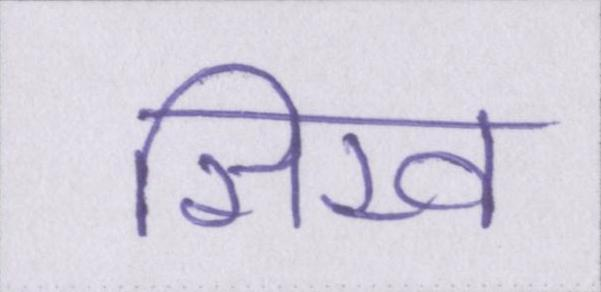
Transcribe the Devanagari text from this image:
सिख